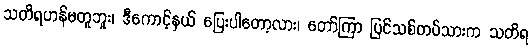
သတိရဟန်မတူဘူး၊ ဒီကောင့်နှယ် ပြေးပါတော့လား၊ တော်ကြာ ပြင်သစ်တပ်သားက သတိရ